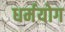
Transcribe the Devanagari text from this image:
धर्मयोग